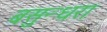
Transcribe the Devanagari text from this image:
बसुन्धरा